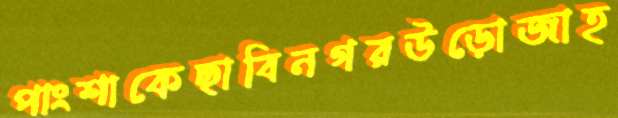
পাংশাকেছাবিনগরউড়োজাহ